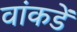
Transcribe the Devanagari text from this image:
वांकडें